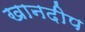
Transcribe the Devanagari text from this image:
खानदीप